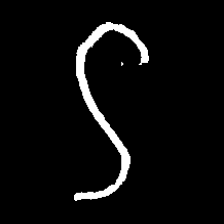
Pyu character \u2014 Myanmar letter: ဌ (romanized: ttha)